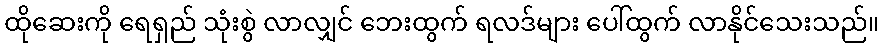
ထိုဆေးကို ရေရှည် သုံးစွဲ လာလျှင် ဘေးထွက် ရလဒ်များ ပေါ်ထွက် လာနိုင်သေးသည်။